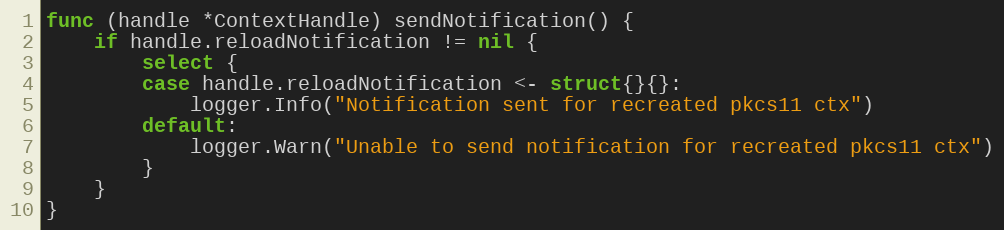
Language: Go
func (handle *ContextHandle) sendNotification() {
	if handle.reloadNotification != nil {
		select {
		case handle.reloadNotification <- struct{}{}:
			logger.Info("Notification sent for recreated pkcs11 ctx")
		default:
			logger.Warn("Unable to send notification for recreated pkcs11 ctx")
		}
	}
}